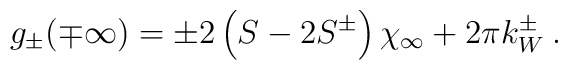
g_{\pm }(\mp \infty )=\pm 2\left( S-2S^{\pm }\right) \chi _{\infty }+2\pi k^{\pm }_{W}\: .